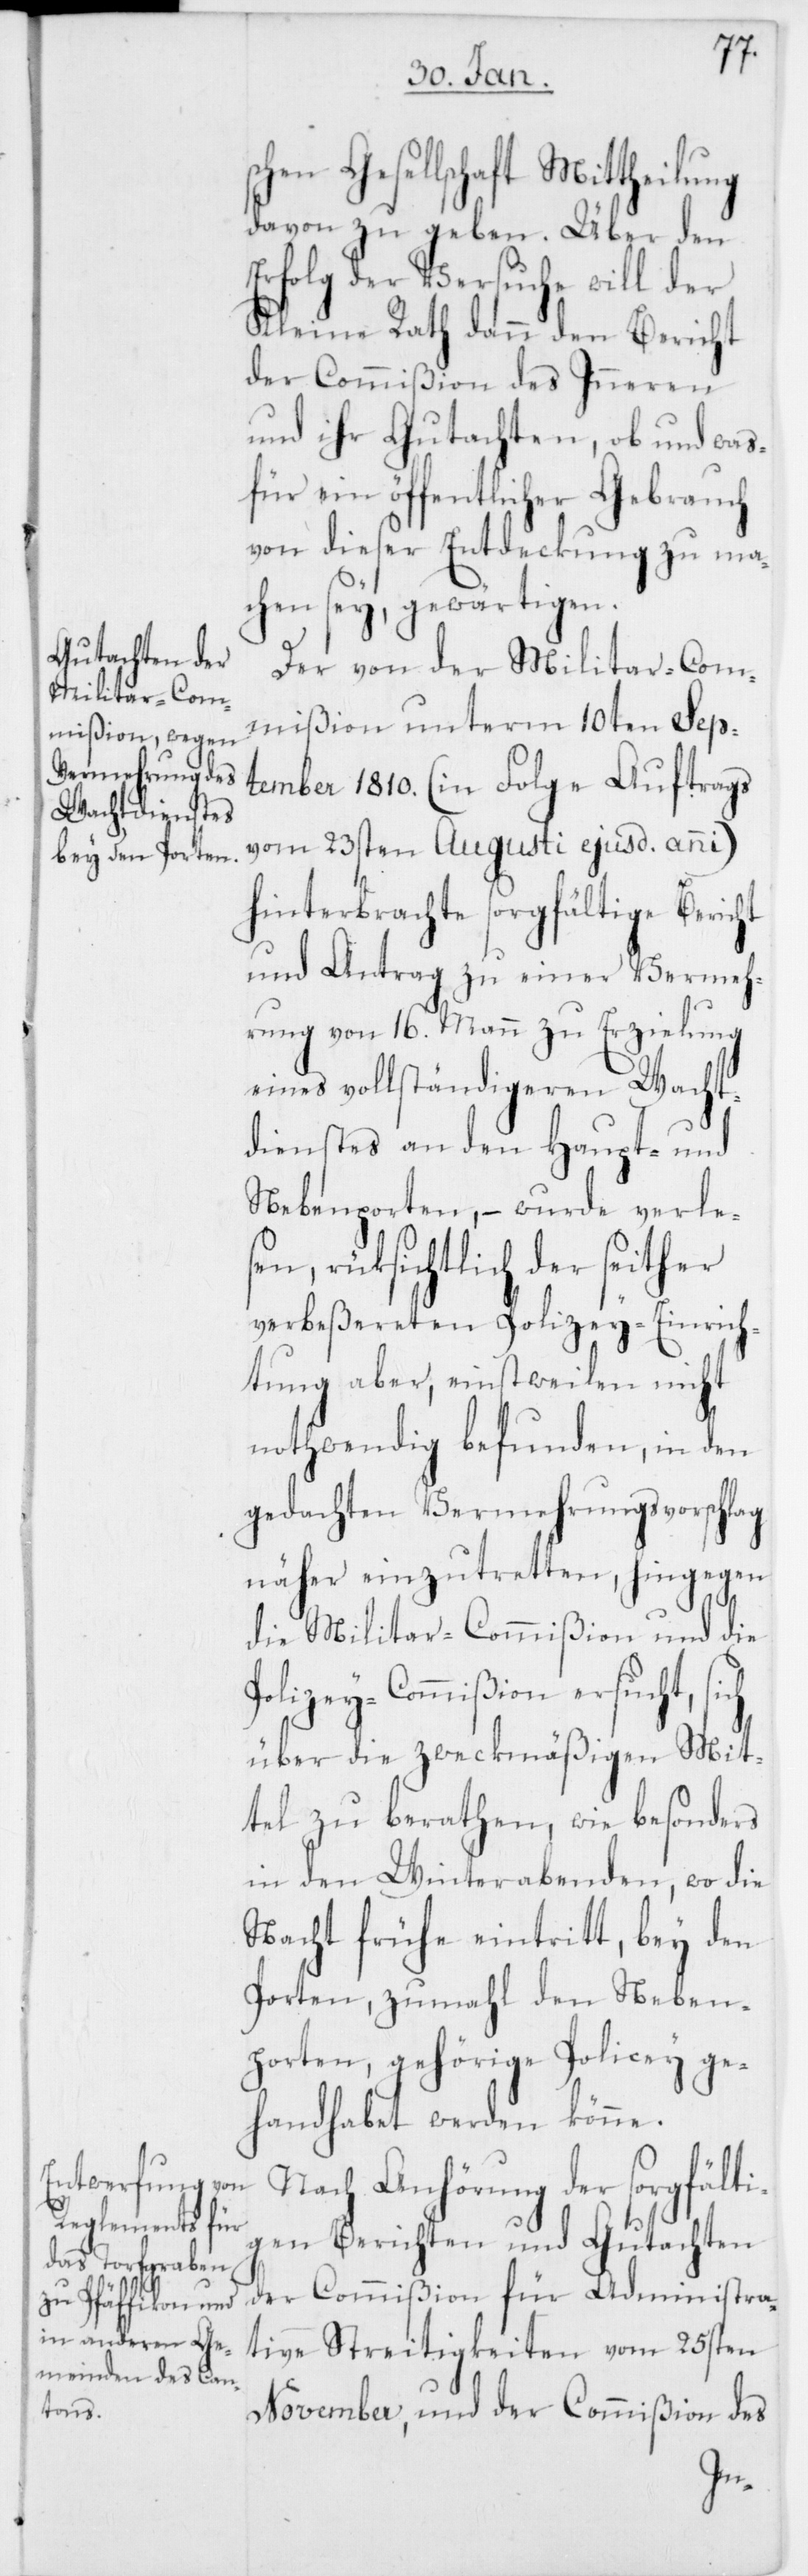
schen Gesellschaft Mittheilung
davon zu geben. Über den
Erfolg der Versuche will der
Kleine Rath dann den Bericht
der Commißion des Inneren
und ihr Gutachten, ob und was¬
für ein öffentlicher Gebrauch
von dieser Entdeckung zu ma¬
chen sey, gewärtigen.
Der von der Militar-Com¬
mißion unterm 10ten Sept¬
ember 1810. (in Folge Auftrags
vom 23sten Augusti ejusd. anni)
hinterbrachte sorgfältige Bericht
und Antrag zu einer Vermeh¬
rung von 16. Mann zu Erzielung
eines vollständigeren Wacht¬
dienstes an den Haupt- und
Nebenposten, – wurde verle¬
sen, rüksichtlich der seither
verbeßereten Polizey-Einrich¬
tung aber, einstweilen nicht
nothwendig befunden, in den
gedachten Vermehrungsvorschlag
näher einzutretten, hingegen
die Militar-Commißion und die
Polizey-Commißion ersucht, sich
über die zweckmäßigen Mit¬
tel zu berathen, wie besonders
in den Winterabenden, wo die
Nacht frühe eintritt, bey den
Porten, zumahl den Neben¬
porten, gehörige Polizey ge¬
handhabet werden könne.
Nach Anhörung der sorgfälti¬
gen Berichten und Gutachten
der Commißion für Administra¬
tive Streitigkeiten vom 25sten
November, und der Commißion des